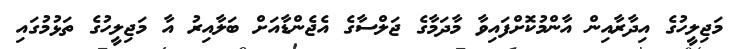
މަޖިލީހުގެ އިދާރާއިން އާންމުކޮށްފައިވާ މާދަމާގެ ޖަލްސާގެ އެޖެންޑާއަށް ބަލާއިރު އާ މަޖިލީހުގެ ތަޅުމުގައި